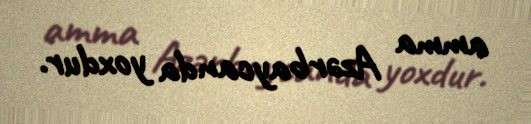
amma Azərbaycanda yoxdur.